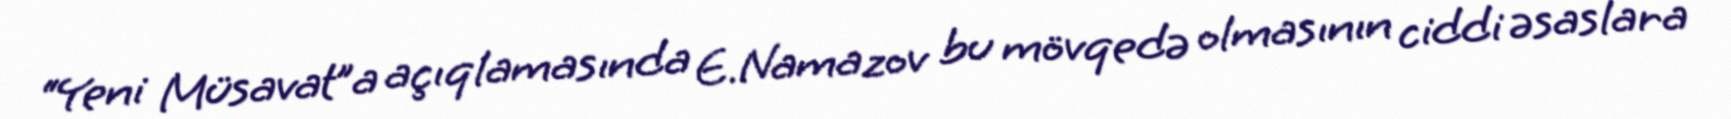
“Yeni Müsavat”a açıqlamasında E.Namazov bu mövqedə olmasının ciddi əsaslara